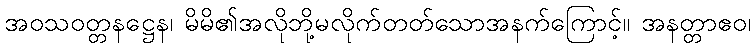
အဝသဝတ္တနဋ္ဌေန၊ မိမိ၏အလိုဘို့မလိုက်တတ်သောအနက်ကြောင့်။ အနတ္တာဧဝ၊